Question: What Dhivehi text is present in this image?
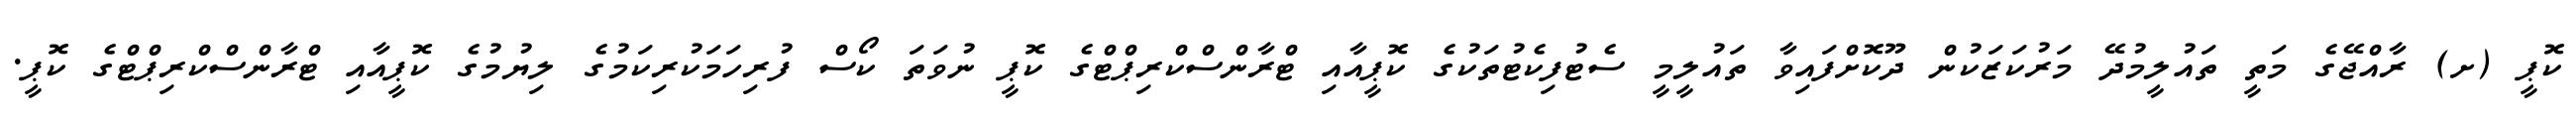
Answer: ކޮޕީ (ށ) ރާއްޖޭގެ މަތީ ތައުލީމުދޭ މަރުކަޒަކުން ދޫކޮށްފައިވާ ތައުލީމީ ސެޓުފިކެޓުތަކުގެ ކޮޕީއާއި ޓްރާންސްކްރިޕްޓްގެ ކޮޕީ ނުވަތަ ކޯސް ފުރިހަމަކުރިކަމުގެ ލިޔުމުގެ ކޮޕީއާއި ޓްރާންސްކްރިޕްޓްގެ ކޮޕީ.